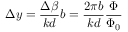
\Delta y = \frac { \Delta \beta } { k d } b = \frac { 2 \pi b } { k d } \frac { \Phi } { \Phi _ { 0 } }